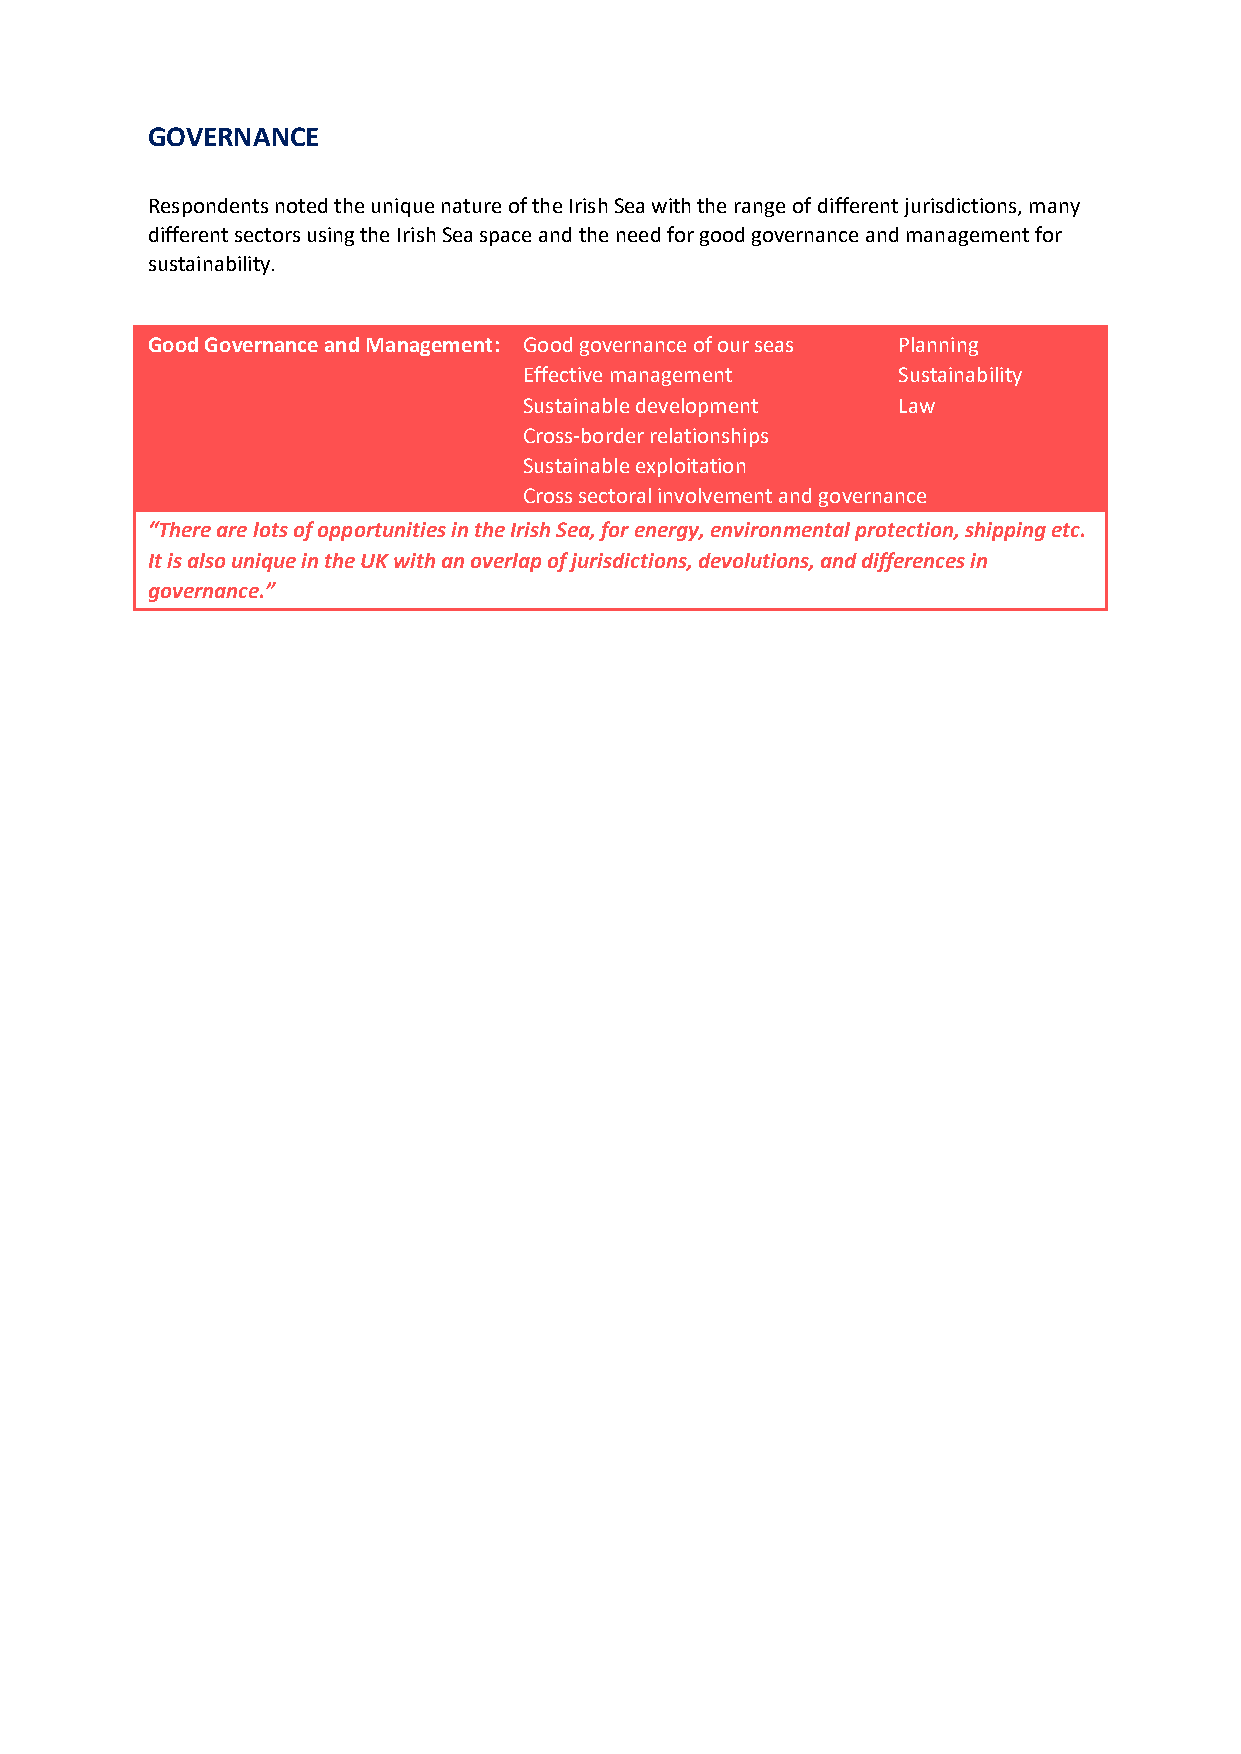
GOVERNANCE
 Respondents noted the unique nature of the Irish Sea with the range of different jurisdictions, many
 different sectors using the Irish Sea space and the need for good governance and management for
 sustainability.
 Good Governance and Management: Good governance of our seas Planning
 Effective management    Sustainability
 Sustainable development Law
 Cross-border relationships
 Sustainable exploitation
 Cross sectoral involvement and governance
 “There are lots of opportunities in the Irish Sea, for energy, environmental protection, shipping etc.
 It is also unique in the UK with an overlap of jurisdictions, devolutions, and differences in
 governance.”